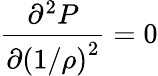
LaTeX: \frac{\partial^{2}P}{{\partial(1/\rho)}^{2}}=0